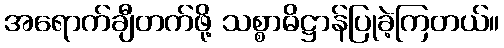
အရောက်ချီတက်ဖို့ သစ္စာဓိဋ္ဌာန်ပြုခဲ့ကြတယ်။